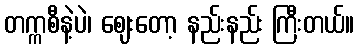
တက္ကစီနဲ့ပဲ၊ ဈေးတော့ နည်းနည်း ကြီးတယ်။